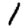
Digit: 1